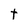
Character: t